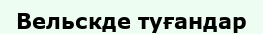
Вельскде туғандар